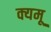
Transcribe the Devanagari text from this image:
क्यमू